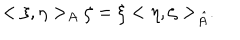
< \xi , \eta > _ { A } \zeta = \xi < \eta , \zeta > _ { \hat { A } } .